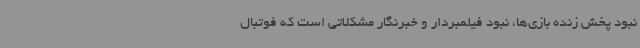
نبود پخش زنده بازی‌ها، نبود فیلمبردار و خبرنگار مشکلاتی است که فوتبال